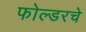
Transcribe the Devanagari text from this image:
फोल्डरचे